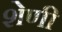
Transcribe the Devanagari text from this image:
शेणी